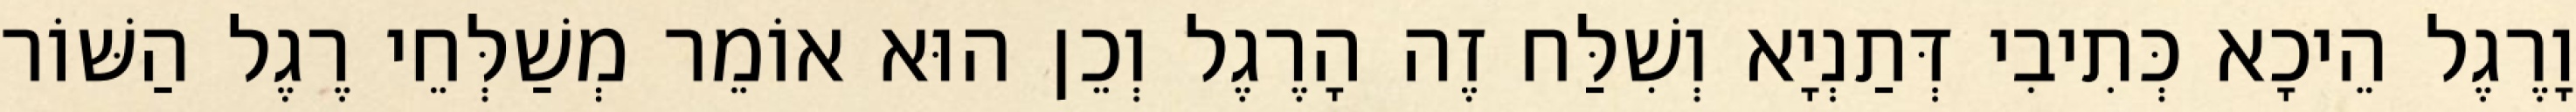
וָרֶגֶל הֵיכָא כְּתִיבִי דְּתַנְיָא וְשִׁלַּח זֶה הָרֶגֶל וְכֵן הוּא אוֹמֵר מְשַׁלְּחֵי רֶגֶל הַשּׁוֹר